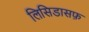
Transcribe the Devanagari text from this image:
लिसिडासफ़